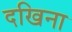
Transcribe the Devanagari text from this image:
दखिना